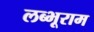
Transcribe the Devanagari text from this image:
लब्भूराम